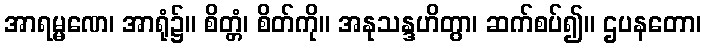
အာရမ္မဏေ၊ အာရုံ၌။ စိတ္တံ၊ စိတ်ကို။ အနုသန္ဒဟိတွာ၊ ဆက်စပ်၍။ ဌပနတော၊